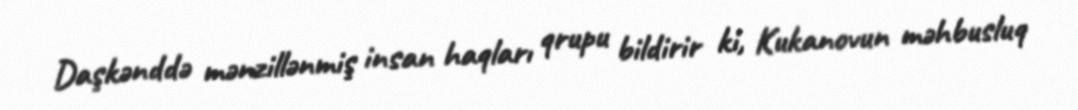
Daşkənddə mənzillənmiş insan haqları qrupu bildirir ki, Kukanovun məhbusluq